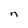
Character: n